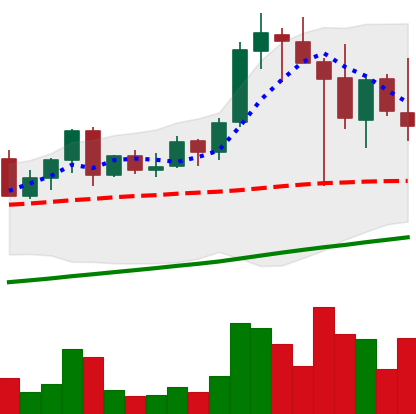
Ticker: LINK-USD
Chart end date: 2021-04-22
Forward return: 4.469%
Label: up_3_5